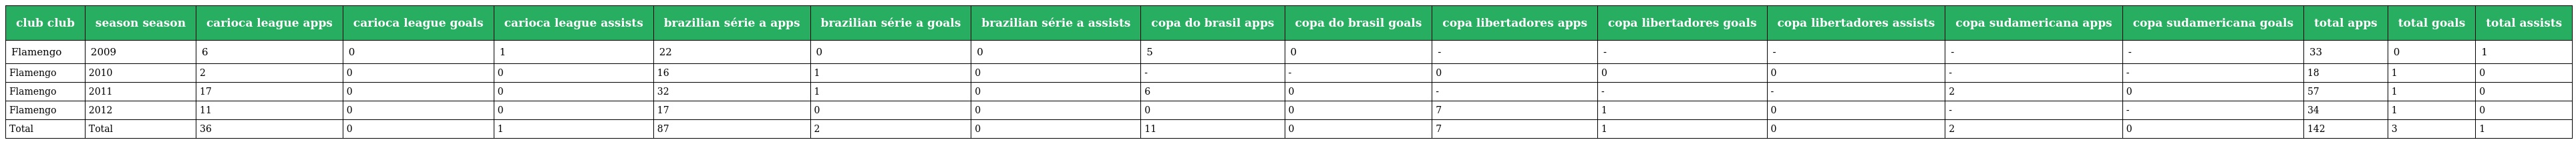
| club club | season season | carioca league apps | carioca league goals | carioca league assists | brazilian série a apps | brazilian série a goals | brazilian série a assists | copa do brasil apps | copa do brasil goals | copa libertadores apps | copa libertadores goals | copa libertadores assists | copa sudamericana apps | copa sudamericana goals | total apps | total goals | total assists |
 | --- | --- | --- | --- | --- | --- | --- | --- | --- | --- | --- | --- | --- | --- | --- | --- | --- | --- |
 | Flamengo | 2009 | 6 | 0 | 1 | 22 | 0 | 0 | 5 | 0 | - | - | - | - | - | 33 | 0 | 1 |
 | Flamengo | 2010 | 2 | 0 | 0 | 16 | 1 | 0 | - | - | 0 | 0 | 0 | - | - | 18 | 1 | 0 |
 | Flamengo | 2011 | 17 | 0 | 0 | 32 | 1 | 0 | 6 | 0 | - | - | - | 2 | 0 | 57 | 1 | 0 |
 | Flamengo | 2012 | 11 | 0 | 0 | 17 | 0 | 0 | 0 | 0 | 7 | 1 | 0 | - | - | 34 | 1 | 0 |
 | Total | Total | 36 | 0 | 1 | 87 | 2 | 0 | 11 | 0 | 7 | 1 | 0 | 2 | 0 | 142 | 3 | 1 |